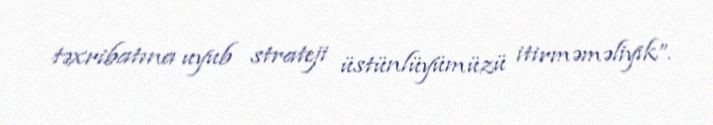
təxribatına uyub strateji üstünlüyümüzü itirməməliyik”.